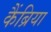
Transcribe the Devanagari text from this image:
कैंब्रिया